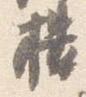
楼